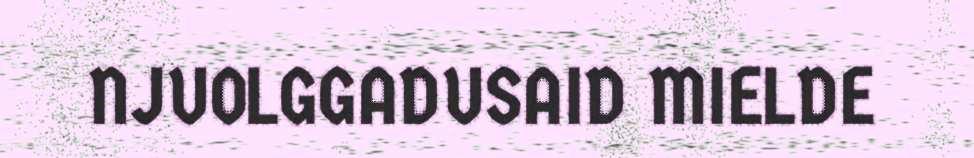
NJUOLGGADUSAID MIELDE